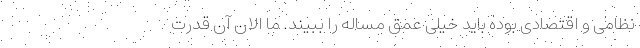
نظامی و اقتصادی بوده باید خیلی عمق مساله را ببیند. ما الان آن قدرت